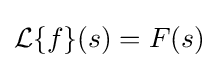
{\mathcal {L}}\{f\}(s)=F(s)